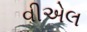
વીએલ